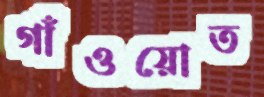
গাঁওয়োত